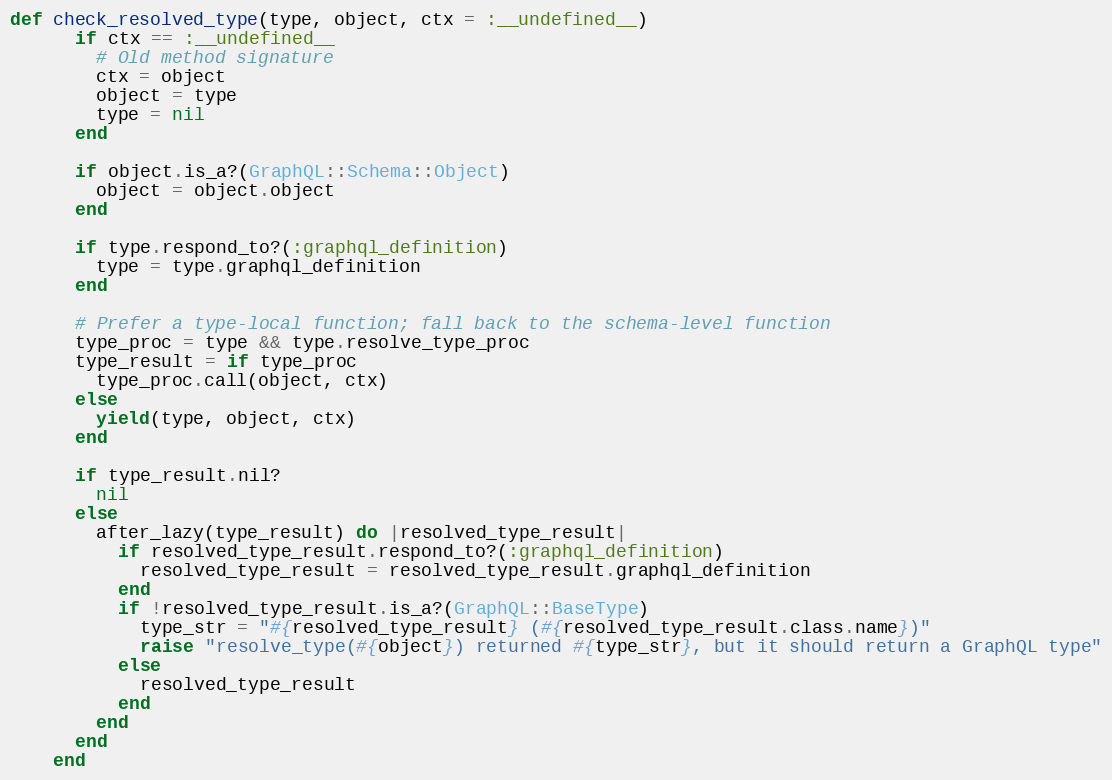
Language: Ruby
def check_resolved_type(type, object, ctx = :__undefined__)
      if ctx == :__undefined__
        # Old method signature
        ctx = object
        object = type
        type = nil
      end

      if object.is_a?(GraphQL::Schema::Object)
        object = object.object
      end

      if type.respond_to?(:graphql_definition)
        type = type.graphql_definition
      end

      # Prefer a type-local function; fall back to the schema-level function
      type_proc = type && type.resolve_type_proc
      type_result = if type_proc
        type_proc.call(object, ctx)
      else
        yield(type, object, ctx)
      end

      if type_result.nil?
        nil
      else
        after_lazy(type_result) do |resolved_type_result|
          if resolved_type_result.respond_to?(:graphql_definition)
            resolved_type_result = resolved_type_result.graphql_definition
          end
          if !resolved_type_result.is_a?(GraphQL::BaseType)
            type_str = "#{resolved_type_result} (#{resolved_type_result.class.name})"
            raise "resolve_type(#{object}) returned #{type_str}, but it should return a GraphQL type"
          else
            resolved_type_result
          end
        end
      end
    end